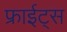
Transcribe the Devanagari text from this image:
फ्राईट्स